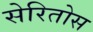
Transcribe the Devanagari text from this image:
सेरितोस